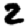
Digit: 2